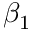
\beta _ { 1 }